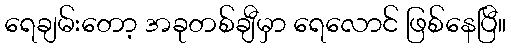
ရေချမ်းတော့ အခုတစ်ချီမှာ ရေလောင် ဖြစ်နေပြီ။